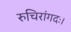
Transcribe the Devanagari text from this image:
रुचिरांगदः।